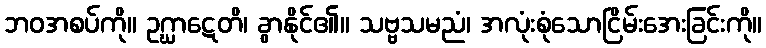
ဘဝအစပ်ကို။ ဥဂ္ဃာဋေတိ၊ ခွာနိုင်၏။ သဗ္ဗသမညံ၊ အလုံးစုံသောငြိမ်းအေးခြင်းကို။